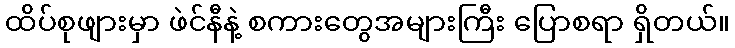
ထိပ်စုဖျားမှာ ဖဲင်နီနဲ့ စကားတွေအများကြီး ပြောစရာ ရှိတယ်။